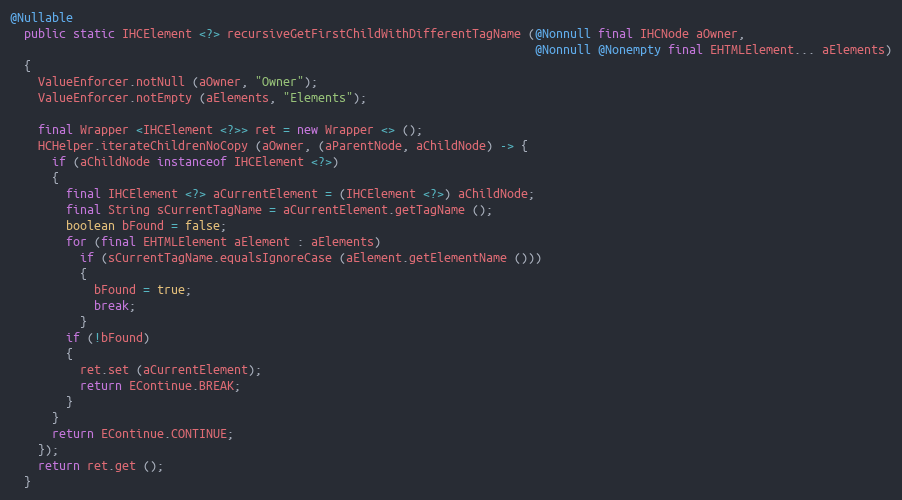
Language: Java
@Nullable
  public static IHCElement <?> recursiveGetFirstChildWithDifferentTagName (@Nonnull final IHCNode aOwner,
                                                                           @Nonnull @Nonempty final EHTMLElement... aElements)
  {
    ValueEnforcer.notNull (aOwner, "Owner");
    ValueEnforcer.notEmpty (aElements, "Elements");

    final Wrapper <IHCElement <?>> ret = new Wrapper <> ();
    HCHelper.iterateChildrenNoCopy (aOwner, (aParentNode, aChildNode) -> {
      if (aChildNode instanceof IHCElement <?>)
      {
        final IHCElement <?> aCurrentElement = (IHCElement <?>) aChildNode;
        final String sCurrentTagName = aCurrentElement.getTagName ();
        boolean bFound = false;
        for (final EHTMLElement aElement : aElements)
          if (sCurrentTagName.equalsIgnoreCase (aElement.getElementName ()))
          {
            bFound = true;
            break;
          }
        if (!bFound)
        {
          ret.set (aCurrentElement);
          return EContinue.BREAK;
        }
      }
      return EContinue.CONTINUE;
    });
    return ret.get ();
  }